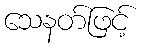
သေနတ်ဖြင့်